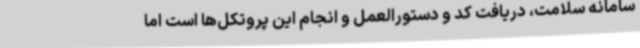
سامانه سلامت، دریافت کد و دستورالعمل و انجام این پروتکل‌ها است اما